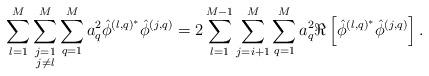
LaTeX: \begin{align*}\sum_{l=1}^M\sum\limits_{\substack{j=1\\j\neq l}}^M\sum_{q=1}^Ma_q^2\hat{\phi}^{\left(l,q\right)^*}\hat{\phi}^{\left(j,q\right)}=2\sum_{l=1}^{M-1}\sum_{j=i+1}^{M}\sum_{q=1}^M a_q^2\Re\left[\hat{\phi}^{\left(l,q\right)^*}\hat{\phi}^{\left(j,q\right)}\right].\end{align*}